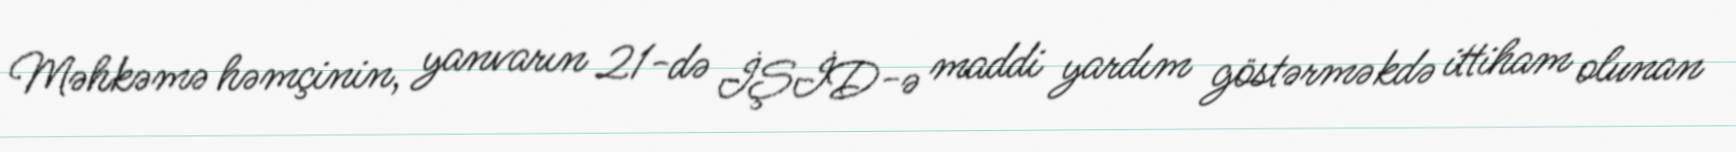
Məhkəmə həmçinin, yanvarın 21-də İŞİD-ə maddi yardım göstərməkdə ittiham olunan